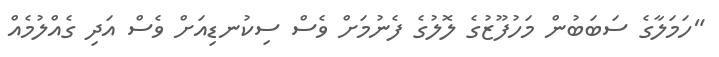
"ހަމަލާގެ ސަބަބުން މަހުފޫޒުގެ ލޮލުގެ ފެނުމަށް ވެސް ސިކުނޑިއަށް ވެސް އަދި ގެއްލުމެއް